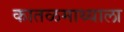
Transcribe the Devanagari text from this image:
कातळमाथ्याला